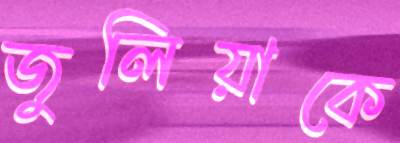
জুলিয়াকে